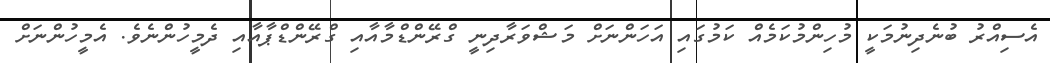
އެސިއްރު ބުނެދިނުމަކީ މުހިންމުކަމެއް ކަމުގައި އަހަންނަށް މަޝްވަރާދިނީ ގްރޭންޑްމާއާއި ގްރޭންޑްޕާއާއި ދެމީހުންނެވެ. އެމީހުންނަށް